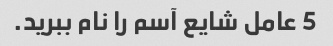
5 عامل شایع آسم را نام ببرید.